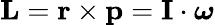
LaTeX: \mathbf{L}=\mathbf{r}\times\mathbf{p}=\mathbf{I}\cdot{\boldsymbol{\omega}}